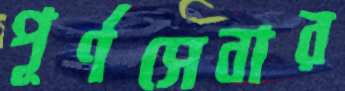
পূর্ণসেবার